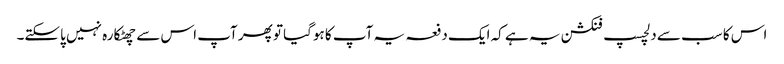
اس کا سب سے دلچسپ فنکشن یہ ہے کہ ایک دفعہ یہ آپ کا ہوگیا تو پھر آپ اس سے چھٹکارہ نہیں پاسکتے۔